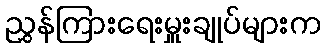
ညွှန်ကြားရေးမှူးချုပ်များက